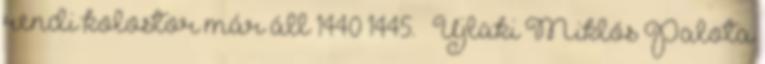
rendi kolostor már áll 1440–1445. – Újlaki Miklós Palota